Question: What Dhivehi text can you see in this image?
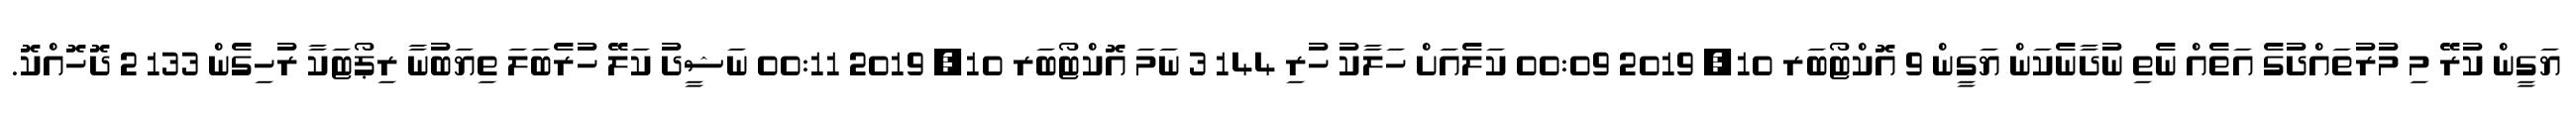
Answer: ޔަގީން ކުރޭ މި މުރުތައްދުގެ އަތެއް ނެތި ނުދާނެކަން ޔަގީން 9 އޮކްޓޯބަރ 10, 2019 00:09 ކަލެއަށް ހަލާކު ހުރި 144 3 ނަމަ އޮކްޓޯބަރ 10, 2019 00:11 ނަޝީދު ކަލޭ ހުރެބަލަ ތިޔަބުނާ ރިޕޯޓަކާ ރުހިގެން 133 2 ދޮހޮއްކޮ.